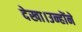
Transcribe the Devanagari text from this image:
देखा।उन्होंने